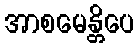
အာစမေန္တိပေ